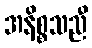
အနိစ္စသညီ